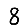
Digit: 8